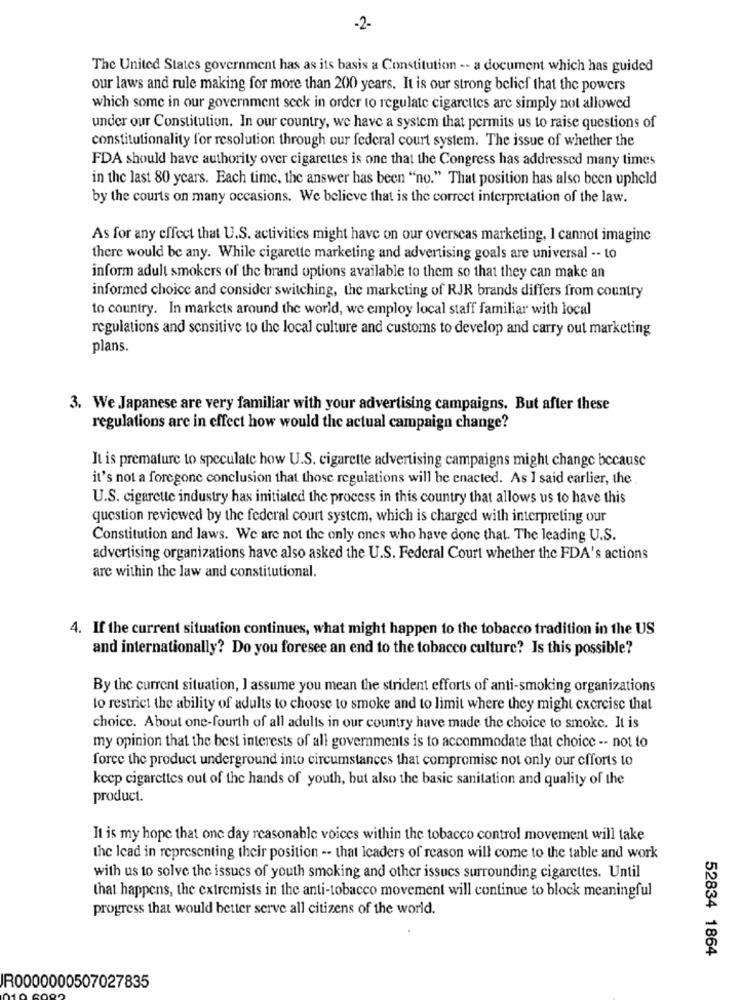
-2-
The United States government has as its basis a Constitution -- a document which has guided
our laws and rule making for more than 200 years. It is our strong belief that the powers
which some in our government seck in order to regulate cigarettes are simply not allowed
under our Constitution. In our country, we have a system that permits us to raise questions of
constitutionality for resolution through our federal court system. The issue of whether the
FDA should have authority over cigarettes is one that the Congress has addressed many times
in the last 80 years. Each time, the answer has been "no." That position has also been upheld
by the courts on many occasions. We believe that is the correct interpretation of the law.
As for any effect that U.S. activities might have on our overseas marketing, I cannot imagine
there would be any. While cigarette marketing and advertising goals are universal -- to
inform adult smokers of the brand options available to them so that they can make an
informed choice and consider switching, the marketing of RJR brands differs from country
to country. In markets around the world, we employ local staff familiar with local
regulations and sensitive to the local culture and customs to develop and carry out marketing
plans.
3. We Japanese are very familiar with your advertising campaigns. But after these
regulations are in effect how would the actual campaign change?
It is premature to speculate how U.S. cigarette advertising campaigns might change because
it's not a foregone conclusion that those regulations will be enacted. As I said earlier, the.
U.S. cigarette industry has initiated the process in this country that allows us to have this
question reviewed by the federal court system, which is charged with interpreting our
Constitution and laws. We are not the only ones who have done that. The leading U.S.
advertising organizations have also asked the U.S. Federal Court whether the FDA's actions
are within the law and constitutional.
4. If the current situation continues, what might happen to the tobacco tradition in the US
and internationally? Do you foresee an end to the tobacco culture? Is this possible?
By the current situation, I assume you mean the strident efforts of anti-smoking organizations
to restrict the ability of adults to choose to smoke and to limit where they might exercise that
choice. About one-fourth of all adults in our country have made the choice to smoke. It is
my opinion that the best interests of all governments is to accommodate that choice -- not to
force the product underground into circumstances that compromise not only our efforts to
kccp cigarettes out of the hands of youth, but also the basic sanitation and quality of the
product.
It is my hope that one day reasonable voices within the tobacco control movement will take
the lead in representing their position -- that leaders of reason will come to the table and work
with us to solve the issues of youth smoking and other issues surrounding cigarettes. Until
that happens, the extremists in the anti-tobacco movement will continue to block meaningful
progress that would better serve all citizens of the world.
52834 1864
IR0000000507027835